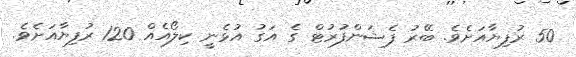
50 ރުފިޔާއަށެވެ. ބޭރު ފެޝަންފުރުޓް ގެ އަގު އުޅެނީ ކިލޯއެއް 120 ރުފިޔާއަށެވެ.